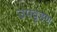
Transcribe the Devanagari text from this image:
उपवृहण